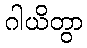
ဂါယိတွာ